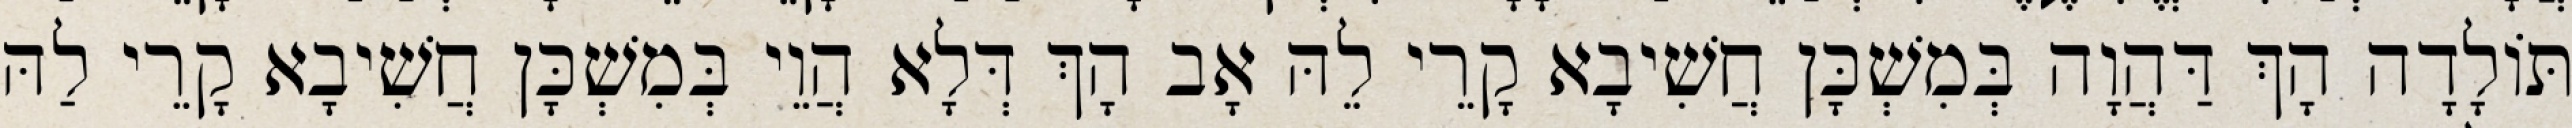
תּוֹלָדָה הָךְ דַּהֲוָה בְּמִשְׁכָּן חֲשִׁיבָא קָרֵי לֵהּ אָב הָךְ דְּלָא הֲוֵי בְּמִשְׁכָּן חֲשִׁיבָא קָרֵי לַהּ